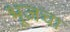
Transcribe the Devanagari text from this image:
भूजचा